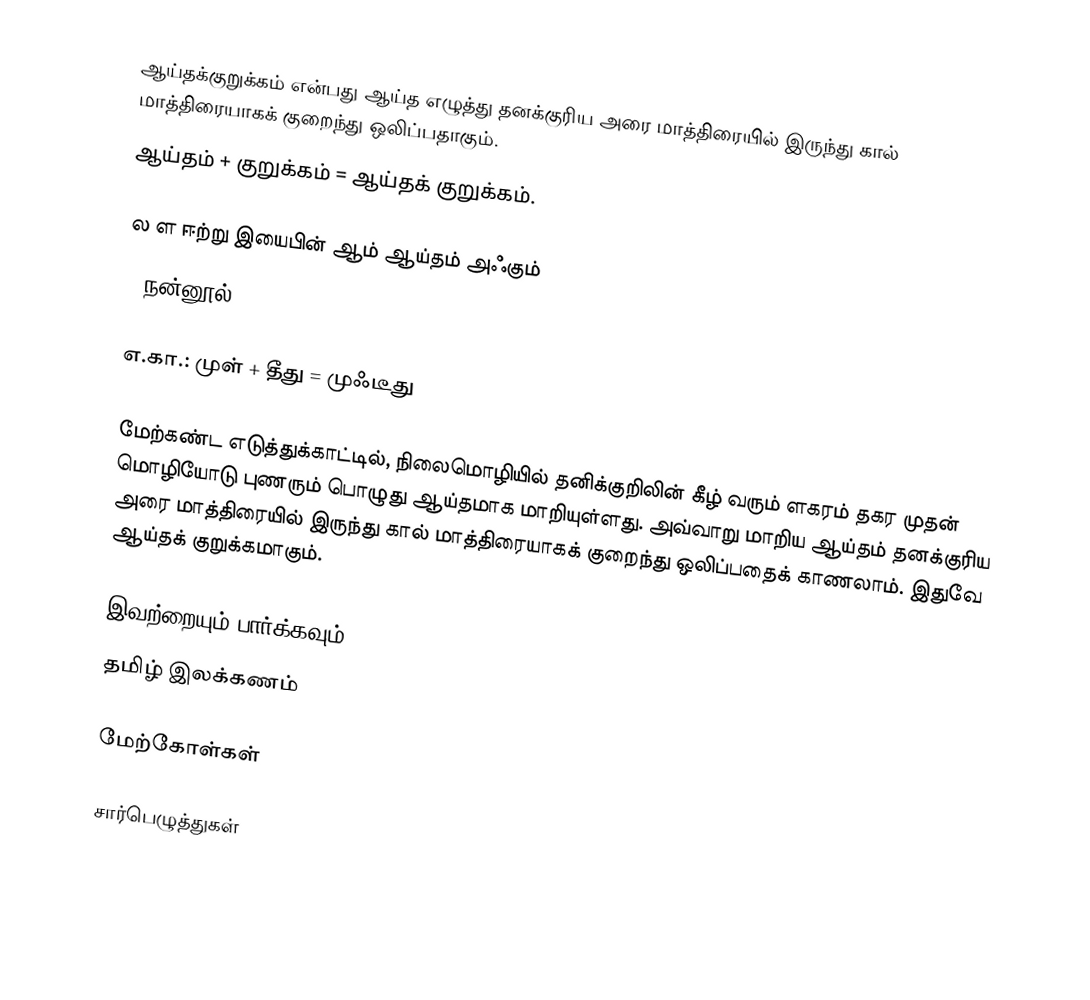
ஆய்தக்குறுக்கம் என்பது ஆய்த எழுத்து தனக்குரிய அரை மாத்திரையில் இருந்து கால் மாத்திரையாகக் குறைந்து ஒலிப்பதாகும்.
ஆய்தம் + குறுக்கம் = ஆய்தக் குறுக்கம்.

 ல ள ஈற்று இயைபின் ஆம் ஆய்தம் அஃகும்
                                       - நன்னூல்.97

எ.கா.:  முள் + தீது = முஃடீது

மேற்கண்ட எடுத்துக்காட்டில், நிலைமொழியில் தனிக்குறிலின் கீழ் வரும் ளகரம் தகர முதன் மொழியோடு புணரும் பொழுது ஆய்தமாக மாறியுள்ளது. அவ்வாறு மாறிய ஆய்தம் தனக்குரிய அரை மாத்திரையில் இருந்து கால் மாத்திரையாகக் குறைந்து ஒலிப்பதைக் காணலாம். இதுவே ஆய்தக் குறுக்கமாகும்.

இவற்றையும் பார்க்கவும்
 தமிழ் இலக்கணம்

மேற்கோள்கள்

சார்பெழுத்துகள்